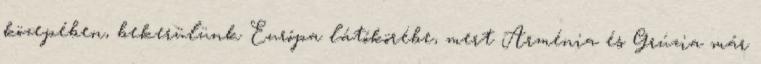
közepében, bekerülünk Európa látókörébe, mert Arménia és Grúzia már